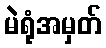
မဲရုံအမှတ်